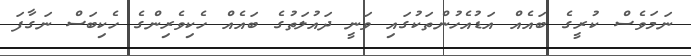
ނަމަވެސް ކުރީގެ ބައެއް އަޑުއެހުންތަކުގައި ވަނީ ދައުލަތުގެ ބައެއް ހެކިވެރިންގެ ހެކިބަސް ނަގާފަ